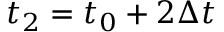
t _ { 2 } = t _ { 0 } + 2 \Delta t